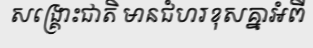
សង្គ្រោះជាតិ មានជំហរខុសគ្នាអំពី